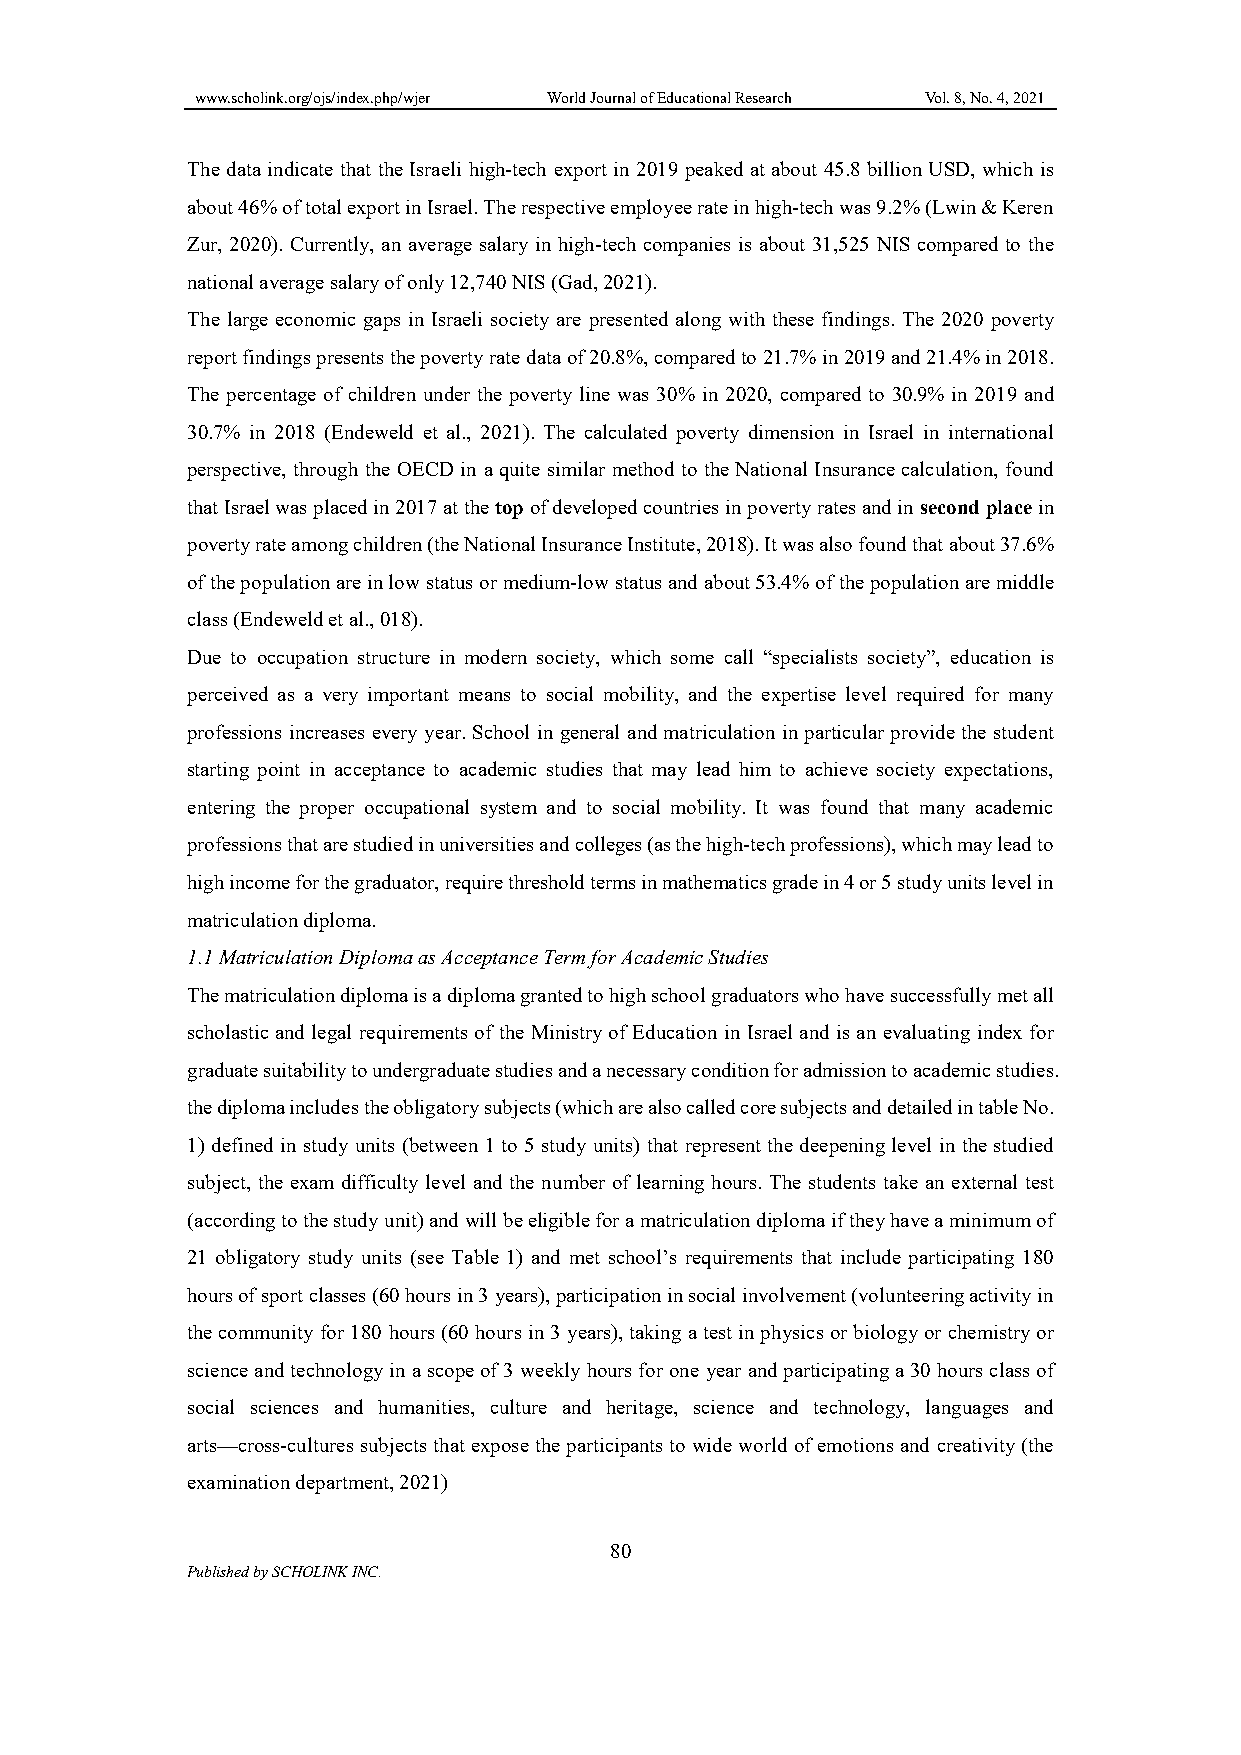
www.scholink.org/ojs/index.php/wjer World Journal of Educational Research Vol. 8, No. 4, 2021
 The data indicate that the Israeli high-tech export in 2019 peaked at about 45.8 billion USD, which is
 about 46% of total export in Israel. The respective employee rate in high-tech was 9.2% (Lwin & Keren
 Zur, 2020). Currently, an average salary in high-tech companies is about 31,525 NIS compared to the
 national average salary of only 12,740 NIS (Gad, 2021).
 The large economic gaps in Israeli society are presented along with these findings. The 2020 poverty
 report findings presents the poverty rate data of 20.8%, compared to 21.7% in 2019 and 21.4% in 2018.
 The percentage of children under the poverty line was 30% in 2020, compared to 30.9% in 2019 and
 30.7% in 2018 (Endeweld et al., 2021). The calculated poverty dimension in Israel in international
 perspective, through the OECD in a quite similar method to the National Insurance calculation, found
 that Israel was placed in 2017 at the top of developed countries in poverty rates and in second place in
 poverty rate among children (the National Insurance Institute, 2018). It was also found that about 37.6%
 of the population are in low status or medium-low status and about 53.4% of the population are middle
 class (Endeweld et al., 018).
 Due to occupation structure in modern society, which some call “specialists society”, education is
 perceived as a very important means to social mobility, and the expertise level required for many
 professions increases every year. School in general and matriculation in particular provide the student
 starting point in acceptance to academic studies that may lead him to achieve society expectations,
 entering the proper occupational system and to social mobility. It was found that many academic
 professions that are studied in universities and colleges (as the high-tech professions), which may lead to
 high income for the graduator, require threshold terms in mathematics grade in 4 or 5 study units level in
 matriculation diploma.
 1.1 Matriculation Diploma as Acceptance Term for Academic Studies
 The matriculation diploma is a diploma granted to high school graduators who have successfully met all
 scholastic and legal requirements of the Ministry of Education in Israel and is an evaluating index for
 graduate suitability to undergraduate studies and a necessary condition for admission to academic studies.
 the diploma includes the obligatory subjects (which are also called core subjects and detailed in table No.
 1) defined in study units (between 1 to 5 study units) that represent the deepening level in the studied
 subject, the exam difficulty level and the number of learning hours. The students take an external test
 (according to the study unit) and will be eligible for a matriculation diploma if they have a minimum of
 21 obligatory study units (see Table 1) and met school’s requirements that include participating 180
 hours of sport classes (60 hours in 3 years), participation in social involvement (volunteering activity in
 the community for 180 hours (60 hours in 3 years), taking a test in physics or biology or chemistry or
 science and technology in a scope of 3 weekly hours for one year and participating a 30 hours class of
 social sciences and humanities, culture and heritage, science and technology, languages and
 arts—cross-cultures subjects that expose the participants to wide world of emotions and creativity (the
 examination department, 2021)
 80
 Published by SCHOLINK INC.